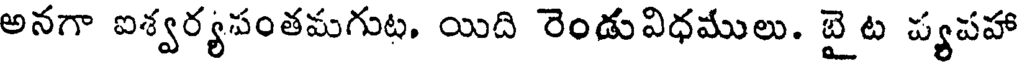
అనగా ఐశ్వర్యపంతమగుట. యిది రెండువిధములు. బై ట ప్యపహా